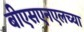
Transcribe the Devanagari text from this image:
बीएसएनएलच्या